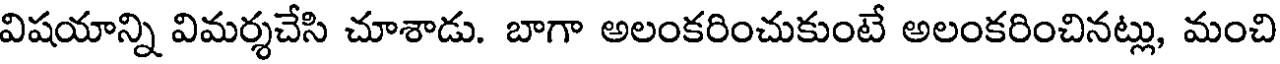
విషయాన్ని విమర్శచేసి చూశాడు. బాగా అలంకరించుకుంటే అలంకరించినట్లు, మంచి